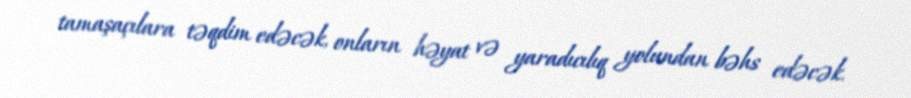
tamaşaçılara təqdim edəcək, onların həyat və yaradıcılıq yolundan bəhs edəcək.